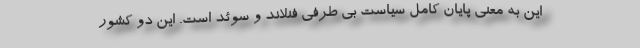
این به معنی پایان کامل سیاست بی طرفی فنلاند و سوئد است. این دو کشور